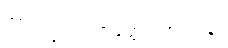
အာရက္ခဒါယကတ္ထေရ အပဒါန။